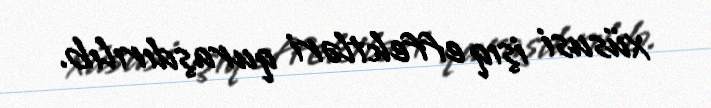
xüsusi işıq effektləri quraşdırılıb.